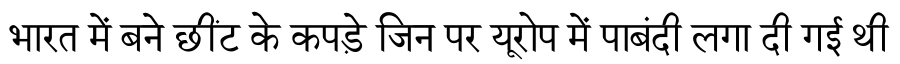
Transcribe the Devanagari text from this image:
भारत में बने छींट के कपड़े जिन पर यूरोप में पाबंदी लगा दी गई थी